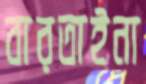
বারতাইনা